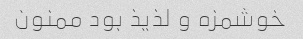
خوشمزه و لذیذ بود ممنون